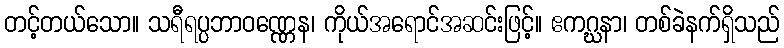
တင့်တယ်သော။ သရီရပ္ပဘာဝဏ္ဏေန၊ ကိုယ်အရောင်အဆင်းဖြင့်။ ဧကဂ္ဃနာ၊ တစ်ခဲနက်ရှိသည်